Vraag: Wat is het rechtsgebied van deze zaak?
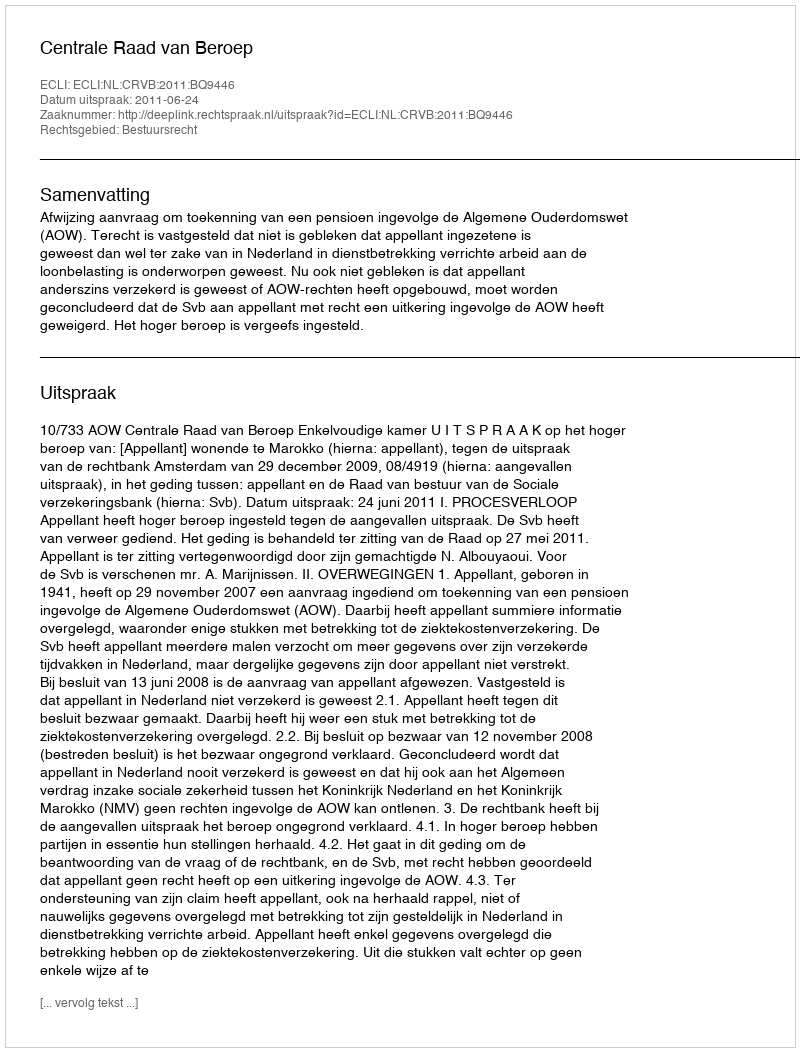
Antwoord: Bestuursrecht